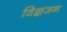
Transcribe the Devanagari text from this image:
विज्ञजन